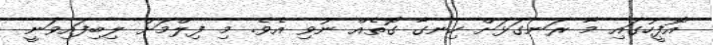
އޮފީހުގައި މާ ރަނގަޅަށް ހިނގާ ގޮތެއް ނުވި އެވެ. މި ފިލްމަށް ލިބިފައިވަނީ